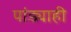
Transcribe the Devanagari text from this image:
पांड्याही